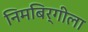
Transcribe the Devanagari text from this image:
निमबिर्गीला